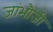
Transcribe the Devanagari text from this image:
जांभौजी